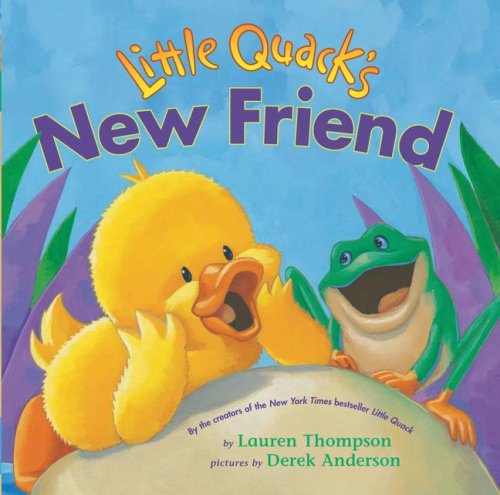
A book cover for Little Quack's New Friend; Lauren Thompson; Children's Books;